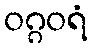
ဝဂ္ဂဝရံ